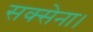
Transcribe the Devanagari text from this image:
सक्सेना।